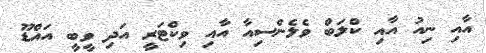
އާއި ނިއު އާއި ކްލަބް ވެލެންސިއާ އާއި ވިކްޓަރީ އަދި ވީބީ އައްޑޫ